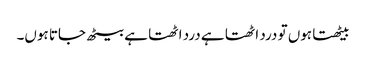
بیٹھتا ہوں تو درد اٹھتا ہے درد اٹھتا ہے بیٹھ جاتا ہوں۔